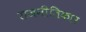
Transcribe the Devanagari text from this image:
राजनीतिकार